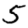
Digit: 5